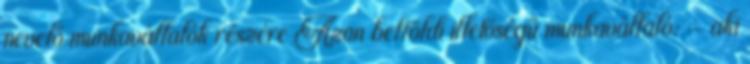
nevelő munkavállalók részére Azon belföldi illetőségű munkavállaló: - aki